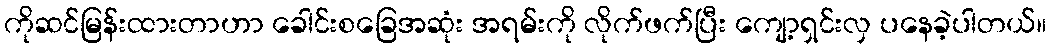
ကိုဆင်မြန်းထားတာဟာ ခေါင်းစခြေအဆုံး အရမ်းကို လိုက်ဖက်ပြီး ကျော့ရှင်းလှ ပနေခဲ့ပါတယ်။